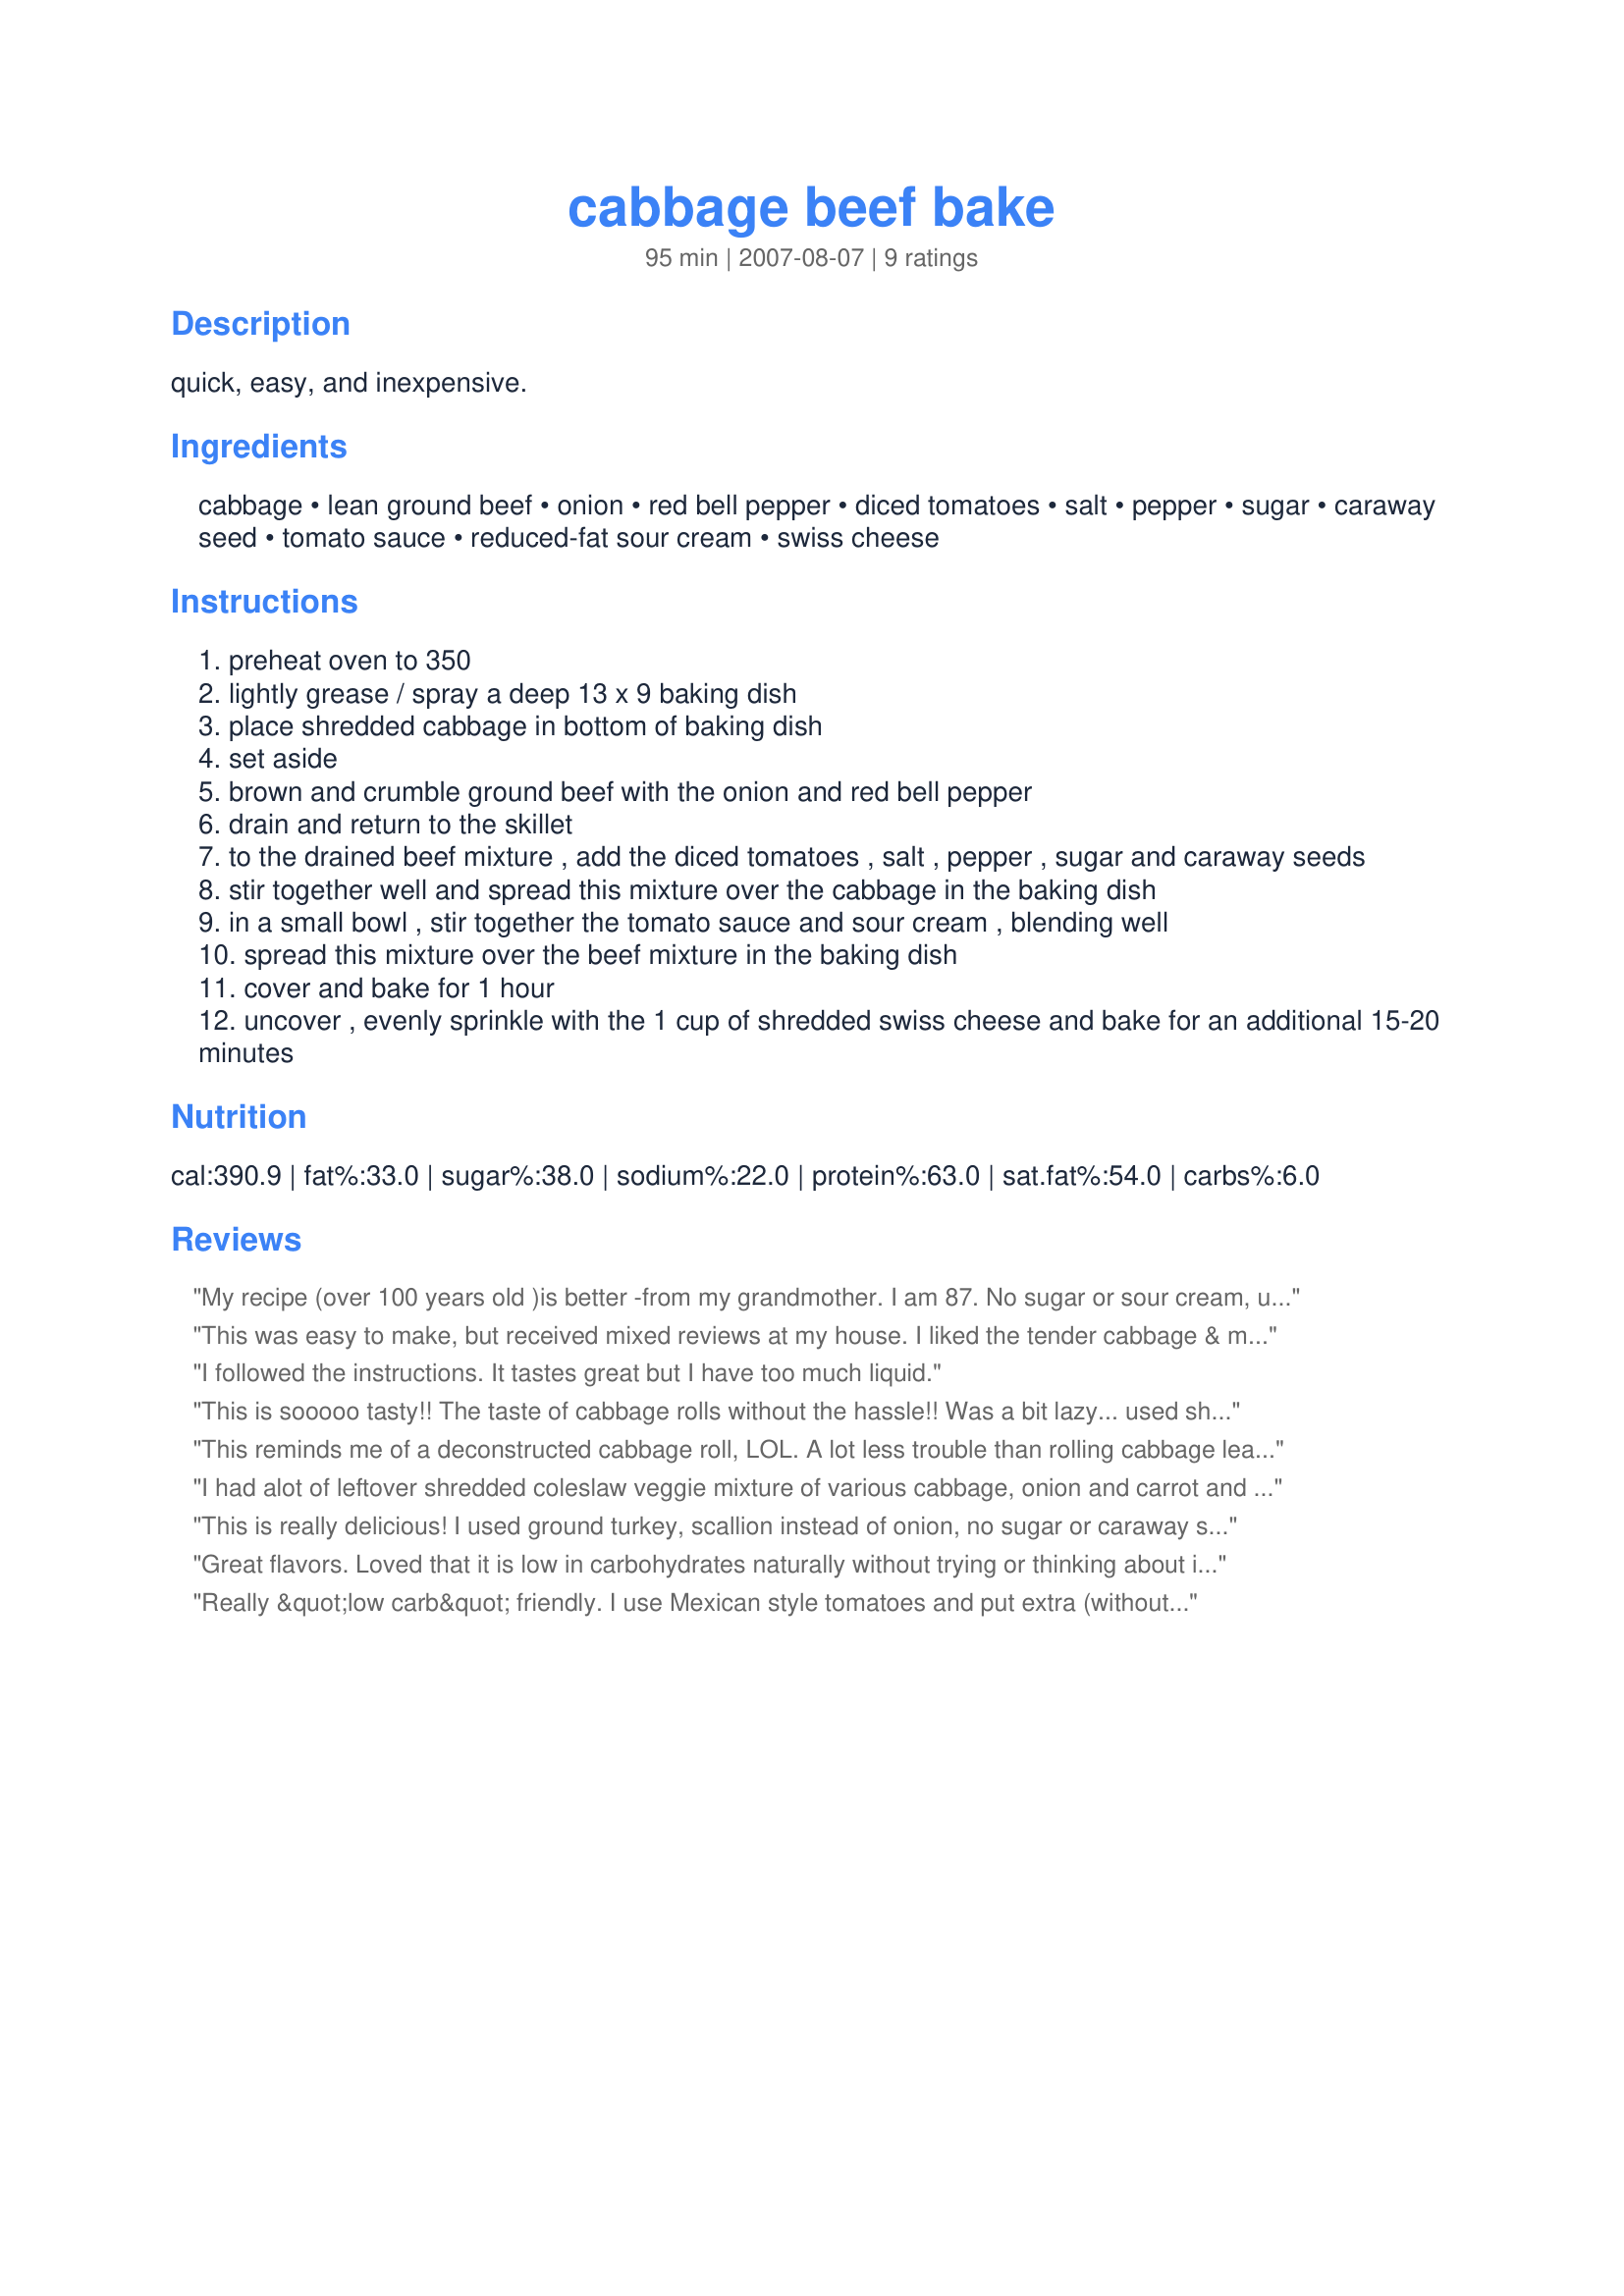
cabbage beef bake
Preparation time: 95 minutes

quick, easy, and inexpensive.

Ingredients:
cabbage, lean ground beef, onion, red bell pepper, diced tomatoes, salt, pepper, sugar, caraway seed, tomato sauce, reduced-fat sour cream, swiss cheese

Steps:
preheat oven to 350
lightly grease / spray a deep 13 x 9 baking dish
place shredded cabbage in bottom of baking dish
set aside
brown and crumble ground beef with the onion and red bell pepper
drain and return to the skillet
to the drained beef mixture , add the diced tomatoes , salt , pepper , sugar and caraway seeds
stir together well and spread this mixture over the cabbage in the baking dish
in a small bowl , stir together the tomato sauce and sour cream , blending well
spread this mixture over the beef mixture in the baking dish
cover and bake for 1 hour
uncover , evenly sprinkle with the 1 cup of shredded swiss cheese and bake for an additional 15-20 minutes

Reviews:
My recipe (over 100 years old )is better -from my grandmother. I am 87. No sugar or sour cream, use crushed real tomatoes or (Hunts- tomato sauce) to cover the cabbage roll. Saute : bacon strips or 1/4/ lb. slab bacon in which diced onions and garlic are sauteed, and parboiled rice, Add to ground beef, one bell or red pepper (to be stuffed-for added flavor ). Cook on stove top for at least one hour . (Hint&quot; freeze head of cabbage and then defrost in microwave for easy separating -my additio). Enjoy.
This was easy to make, but received mixed reviews at my house. I liked the tender cabbage & meat layer, but wasn't crazy over the sour cream layer. Other diners though liked it as is. Thank you for sharing the recipe! Made for ZWT6~Germany.
I followed the instructions. It tastes great but I have too much liquid.
This is sooooo tasty!! The taste of cabbage rolls without the hassle!! Was a bit lazy... used shredded cabbage in a bag.. ;) Thanks Parsley! :)
This reminds me of a deconstructed cabbage roll, LOL. A lot less trouble than rolling cabbage leaves. No use for the sour cream though
I had alot of leftover shredded coleslaw veggie mixture of various cabbage, onion and carrot and I had leftover spaghetti sauce in lieu of the tomato sauce so I used this recipe as a base. Omitted the red bell pepper as there was some chopped green in the sauce already and my cheese was some mozz and havarti. It came out on the runny side so served up more like a soup but for the leftover I then added some cooked egg noodles. Great dish to clean out the fridge.
This is really delicious! I used ground turkey, scallion instead of onion, no sugar or caraway seed, Italian style tomato sauce and ff sour cream. I also forgot to put the cheese on the top, but it didn't need it in my opinion. Served to DH and friends and everyone gave it two thumbs up!
Great flavors. Loved that it is low in carbohydrates naturally without trying or thinking about it. Has versitility within ingredients too. I stuck with this instructions minus the sugar. The family loved it, only requested next time more cabage.
Really &quot;low carb&quot; friendly. I use Mexican style tomatoes and put extra (without juice) before the cheese.
